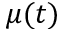
\mu ( t )